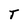
Character: T